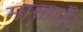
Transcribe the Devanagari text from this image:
मासार्धेन